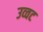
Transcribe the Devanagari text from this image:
उव्‍वट